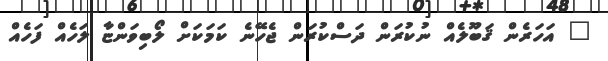
" އަހަރެން ޤަބޫލެއް ނުކުރަން ދަސްކުރަން ޖެހޭނެ ކަމަކަށް ލޯބިވަންޏާ ލަހެއް ފަހެއް